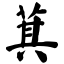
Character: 萁